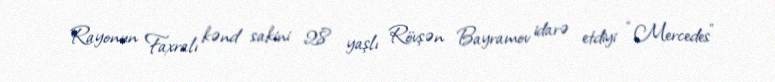
Rayonun Faxralı kənd sakini 28 yaşlı Rövşən Bayramov idarə etdiyi “Mercedes”